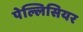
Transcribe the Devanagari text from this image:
पेल्लिसियर